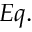
E q .